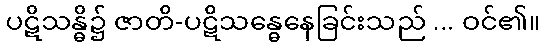
ပဋိသန္ဓိ၌ ဇာတိ-ပဋိသန္ဓေနေခြင်းသည် ... ဝင်၏။